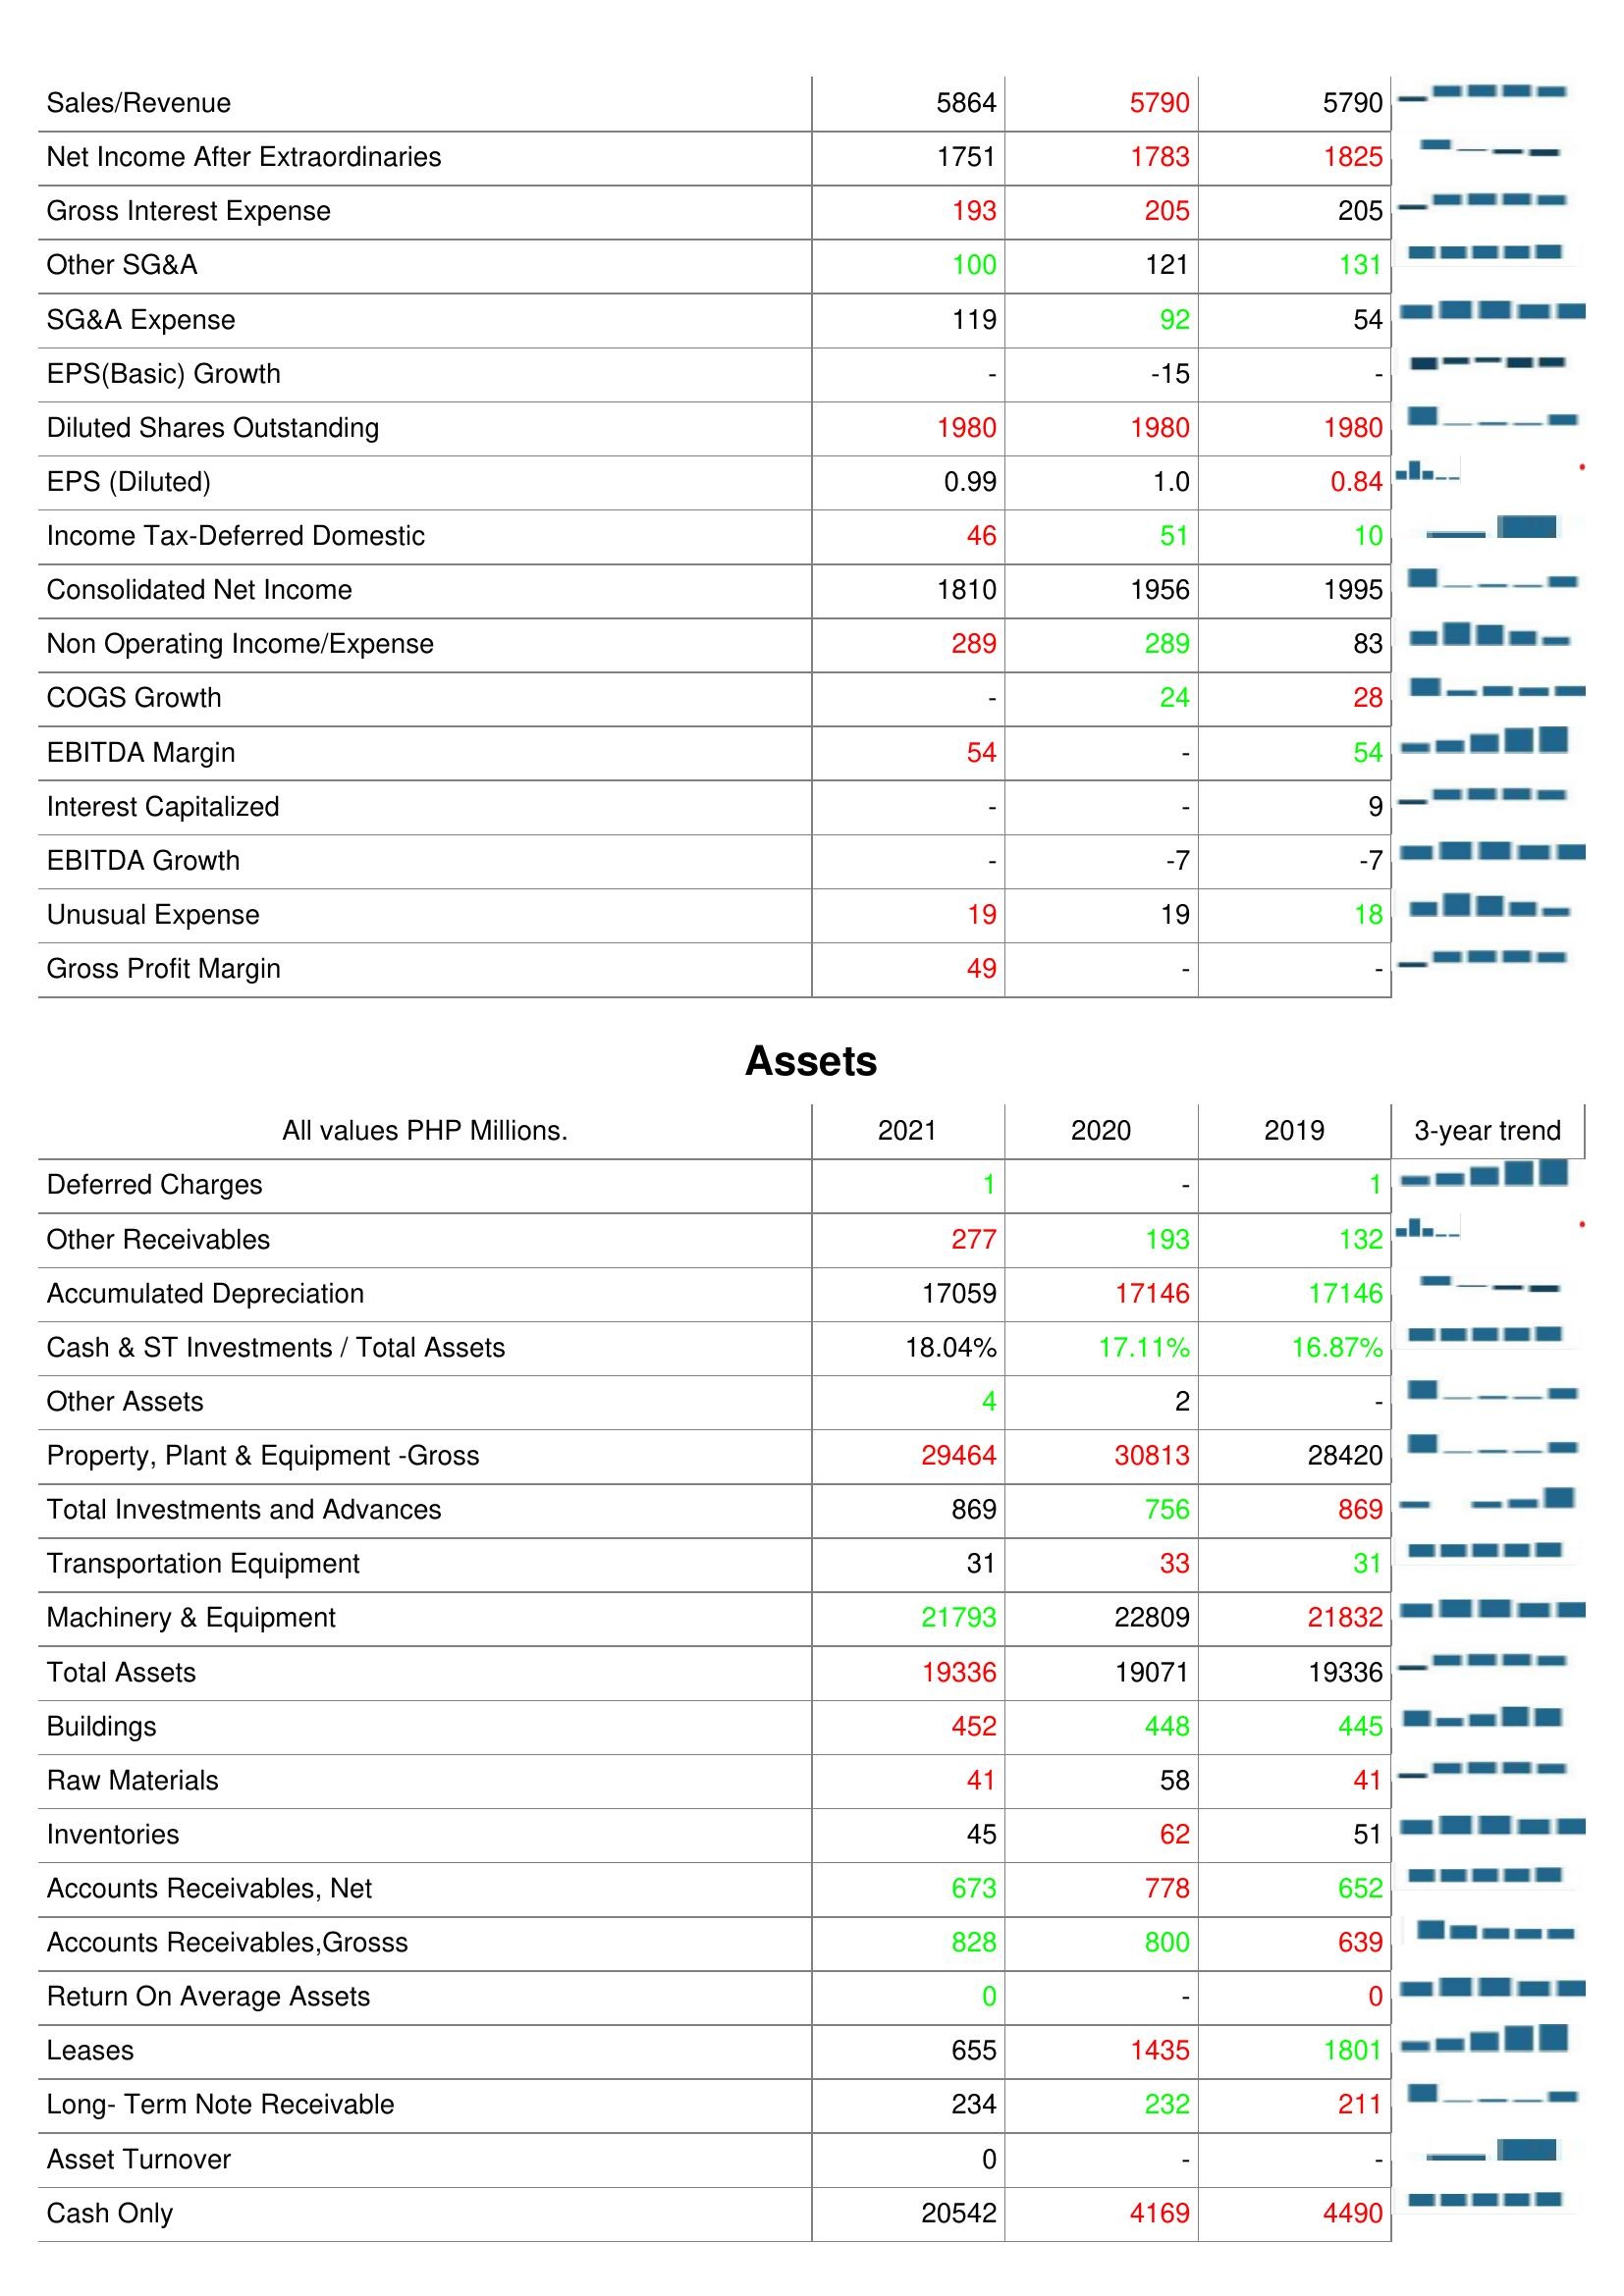
2021: : Sales/Revenue: 5864
Net Income After Extraordinaries: 1751
Gross Interest Expense: 193
Other SG&A: 100
SG&A Expense: 119
EPS(Basic) Growth: -
Diluted Shares Outstanding: 1980
EPS (Diluted): 0.99
Income Tax-Deferred Domestic: 46
Consolidated Net Income: 1810
Non Operating Income/Expense: 289
COGS Growth: -
EBITDA Margin: 54
Interest Capitalized: -
EBITDA Growth: -
Unusual Expense: 19
Gross Profit Margin: 49
Assets: Deferred Charges: 1
Other Receivables: 277
Accumulated Depreciation: 17059
Cash & ST Investments / Total Assets: 18.04%
Other Assets: 4
Property, Plant & Equipment -Gross: 29464
Total Investments and Advances: 869
Transportation Equipment: 31
Machinery & Equipment: 21793
Total Assets: 19336
Buildings: 452
Raw Materials: 41
Inventories: 45
Accounts Receivables, Net: 673
Accounts Receivables,Grosss: 828
Return On Average Assets: 0
Leases: 655
Long- Term Note Receivable: 234
Asset Turnover: 0
Cash Only: 20542
2020: : Sales/Revenue: 5790
Net Income After Extraordinaries: 1783
Gross Interest Expense: 205
Other SG&A: 121
SG&A Expense: 92
EPS(Basic) Growth: -15
Diluted Shares Outstanding: 1980
EPS (Diluted): 1.0
Income Tax-Deferred Domestic: 51
Consolidated Net Income: 1956
Non Operating Income/Expense: 289
COGS Growth: 24
EBITDA Margin: -
Interest Capitalized: -
EBITDA Growth: -7
Unusual Expense: 19
Gross Profit Margin: -
Assets: Deferred Charges: -
Other Receivables: 193
Accumulated Depreciation: 17146
Cash & ST Investments / Total Assets: 17.11%
Other Assets: 2
Property, Plant & Equipment -Gross: 30813
Total Investments and Advances: 756
Transportation Equipment: 33
Machinery & Equipment: 22809
Total Assets: 19071
Buildings: 448
Raw Materials: 58
Inventories: 62
Accounts Receivables, Net: 778
Accounts Receivables,Grosss: 800
Return On Average Assets: -
Leases: 1435
Long- Term Note Receivable: 232
Asset Turnover: -
Cash Only: 4169
2019: : Sales/Revenue: 5790
Net Income After Extraordinaries: 1825
Gross Interest Expense: 205
Other SG&A: 131
SG&A Expense: 54
EPS(Basic) Growth: -
Diluted Shares Outstanding: 1980
EPS (Diluted): 0.84
Income Tax-Deferred Domestic: 10
Consolidated Net Income: 1995
Non Operating Income/Expense: 83
COGS Growth: 28
EBITDA Margin: 54
Interest Capitalized: 9
EBITDA Growth: -7
Unusual Expense: 18
Gross Profit Margin: -
Assets: Deferred Charges: 1
Other Receivables: 132
Accumulated Depreciation: 17146
Cash & ST Investments / Total Assets: 16.87%
Other Assets: -
Property, Plant & Equipment -Gross: 28420
Total Investments and Advances: 869
Transportation Equipment: 31
Machinery & Equipment: 21832
Total Assets: 19336
Buildings: 445
Raw Materials: 41
Inventories: 51
Accounts Receivables, Net: 652
Accounts Receivables,Grosss: 639
Return On Average Assets: 0
Leases: 1801
Long- Term Note Receivable: 211
Asset Turnover: -
Cash Only: 4490